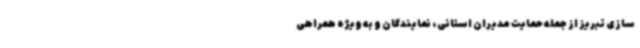
سازی تبریز از جمله حمایت مدیران استانی، نمایندگان و به ویژه همراهی